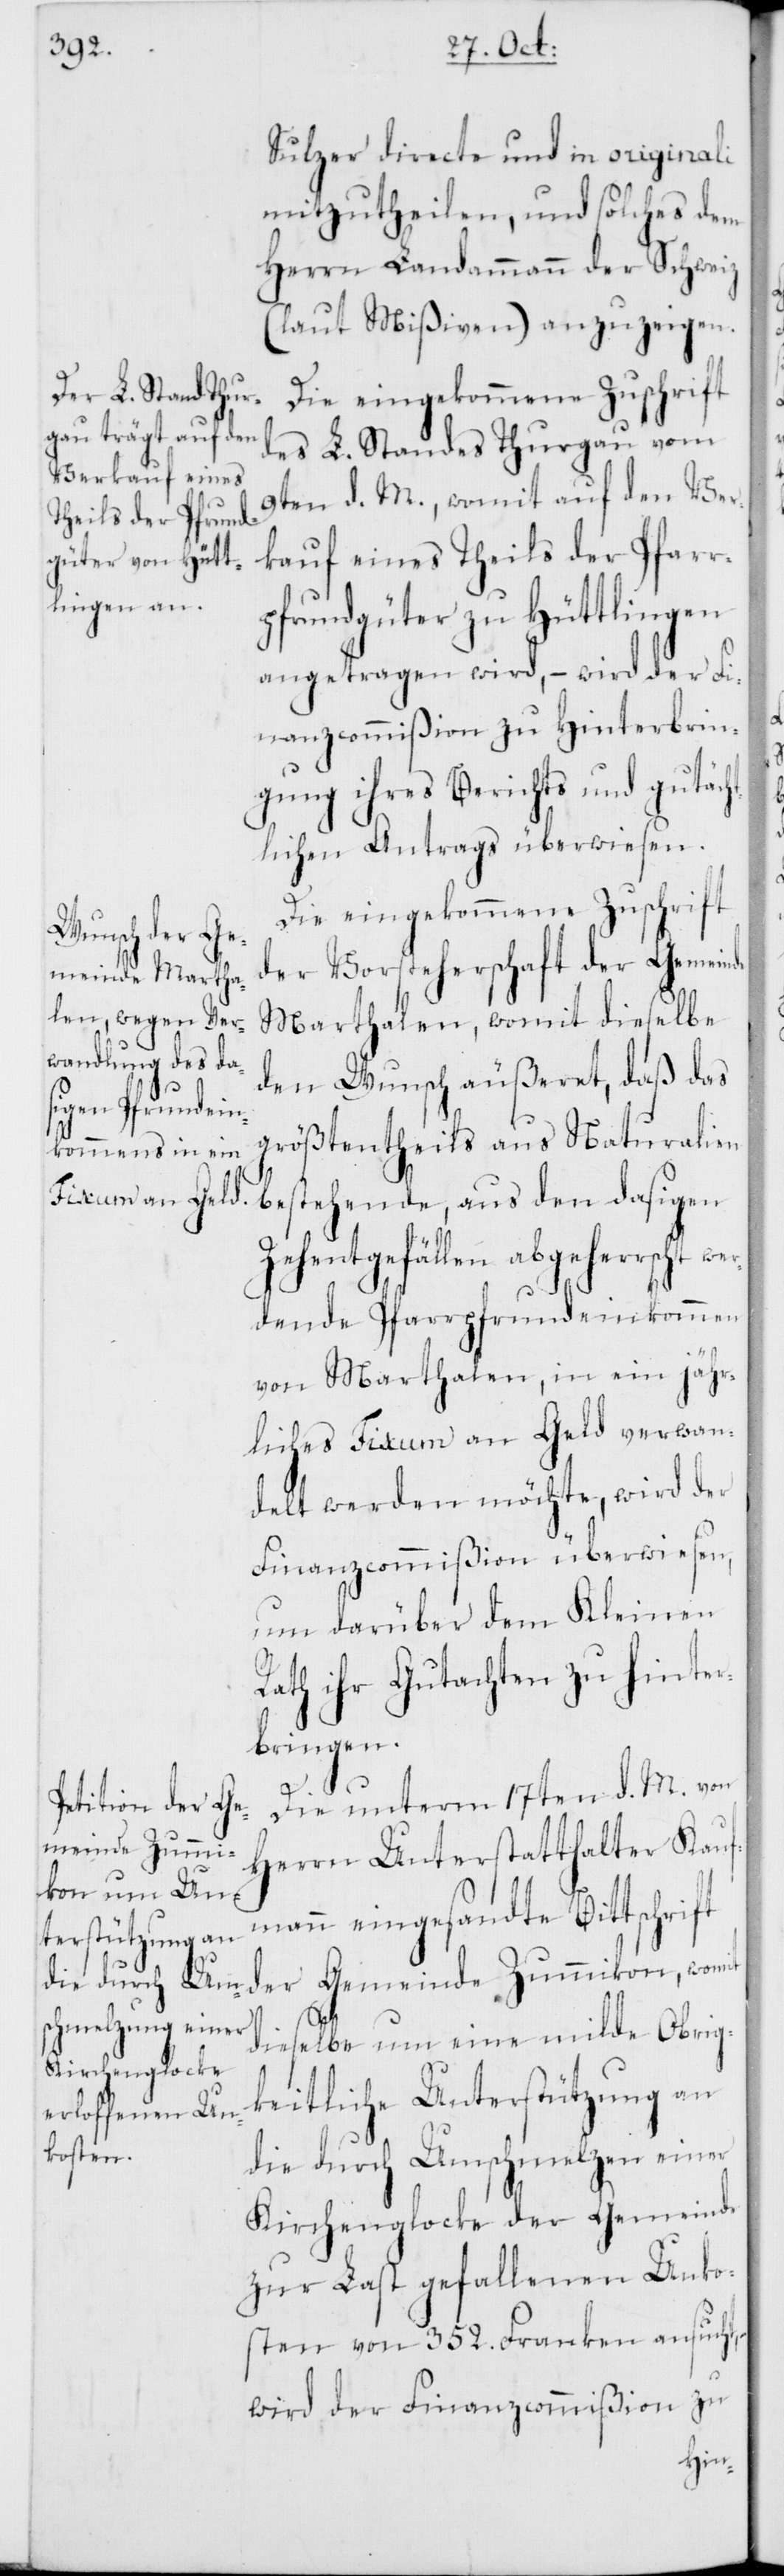
on,
Sulzer directe und in originali
mitzutheilen, und solches dem
Herrn Landammann der Schweiz
(laut Mißiven) anzuzeigen.
Die eingekommene Zuschrift
des L. Standes Thurgau vom
9ten d. M., womit auf den Ver¬
kauf eines Theils der Pfarr¬
pfrundgüter zu Hüttlingen
angetragen wird, – wird der Fi¬
nanzcommißion zu Hinterbrin¬
gung ihres Berichts und gutäch¬
tlichen Antrags überwiesen.
Die eingekommene Zuschrift
der Vorsteherschaft der Gemein¬
Marthalen, womit dieselbe
den Wunsch äußeret, daß das
größtentheils aus Naturalien
bestehende, aus den dasigen
Zehentgefällen abgeherrscht wer¬
dende Pfarrpfrundeinkommen
von Marthalen, in ein jähr¬
liches Fixum an Geld verwan¬
delt werden möchte, wird der
Finanzcommißion überwiesen,
um darüber dem Kleinen
Rath ihr Gutachten zu hinter¬
bringen.
Die unterm 17ten d. M. von
meinde Zumik¬
Herrn Unterstatthalter Kauf¬
mann eingesandte Bittschrift
dieselbe um eine milde Obrig¬
keitliche Unterstützung an
die durch Umschmelzen einer
Kirchenglocke der Gemeinde
zur Last gefallenen Unko¬
sten von 352. Franken ansucht,
wird der Finanzcommißion zu